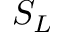
S _ { L }